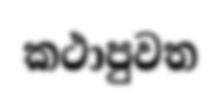
කථාපුවත